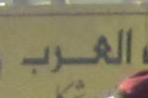
العرب